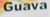
Guava